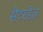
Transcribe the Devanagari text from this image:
सैटरडेज़